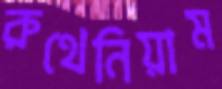
রুথেনিয়াম